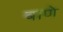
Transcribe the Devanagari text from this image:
बाणे